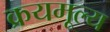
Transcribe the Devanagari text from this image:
क्रयमूल्य